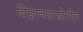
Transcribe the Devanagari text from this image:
विज्ञानशाखेतील